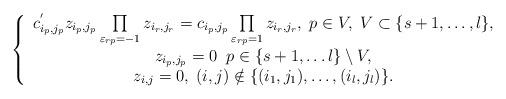
LaTeX: \begin{align*}\left \{\begin{array}{c}c_{i_p,j_p}^{'}z_{i_p,j_p}\prod\limits_{\varepsilon _{rp} = -1} z_{i_r,j_r} = c_{i_p,j_p}\prod\limits_{\varepsilon_{rp}=1}z_{i_r,j_r}, \; p\in V, \; V\subset \{s+1,\ldots, l\},\\z_{i_{p},j_{p}}=0 \; \; p\in \{s+1, \ldots l\}\setminus V,\\z_{i,j}=0,\; (i,j)\notin\{(i_1,j_1),\ldots ,(i_l,j_l)\}.\end{array}\right .\end{align*}